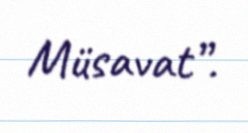
Müsavat”.